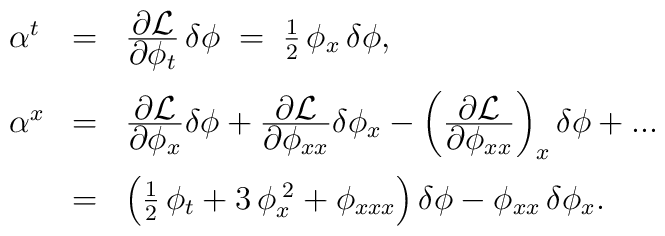
\begin{array}{lll}\alpha^{t} & = &   \frac{\textstyle {\partial {\cal L}    } }   {\textstyle {\partial \phi_t} } \,  \delta \phi \; = \;\frac{1}{2} \, \phi_{x} \, \delta \phi , \\[4mm] \alpha^{x} & = &\frac{\textstyle {\partial {\cal L}  } }               {\textstyle {\partial \phi_x} }  \delta \phi + \frac{\textstyle {\partial  {\cal L}  } } {\textstyle {\partial \phi_{xx}} } \delta \phi_x-  \left( \frac{\textstyle {\partial  {\cal L}  } } {\textstyle {\partial \phi_{xx}} } \right)_x  \delta \phi + ... \nonumber \\[4mm] & =  & \left( \frac{1}{2} \, \phi_t + 3 \, \phi_x^{\;2} +\phi_{xxx}  \right) \delta \phi - \phi_{xx} \, \delta \phi_{x}.\end{array}